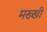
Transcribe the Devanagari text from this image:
मख्खी